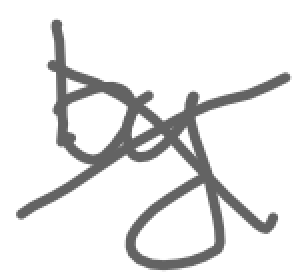
Text: by
Cross-out: cross
Writing tool: digital_gray